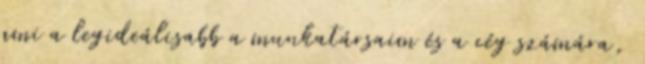
ami a legideálisabb a munkatársaim és a cég számára,